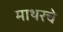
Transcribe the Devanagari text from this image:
माथरचे